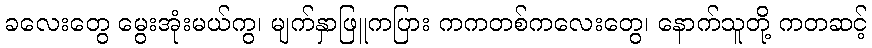
ခလေးတွေ မွေးအုံးမယ်ကွ၊ မျက်နှာဖြူကပြား ကကတစ်ကလေးတွေ၊ နောက်သူတို့ ကတဆင့်